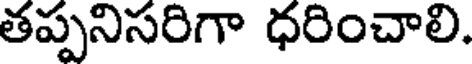
తప్పనిసరిగా ధరించాలి.